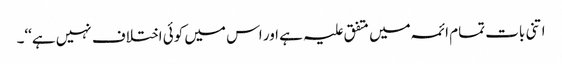
اتنی بات تمام ائمہ میں متفق علیہ ہے اور اس میں کوئی اختلاف نہیں ہے‘‘۔